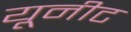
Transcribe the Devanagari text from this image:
यूनीट